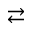
\rightleftarrows